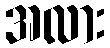
အလား